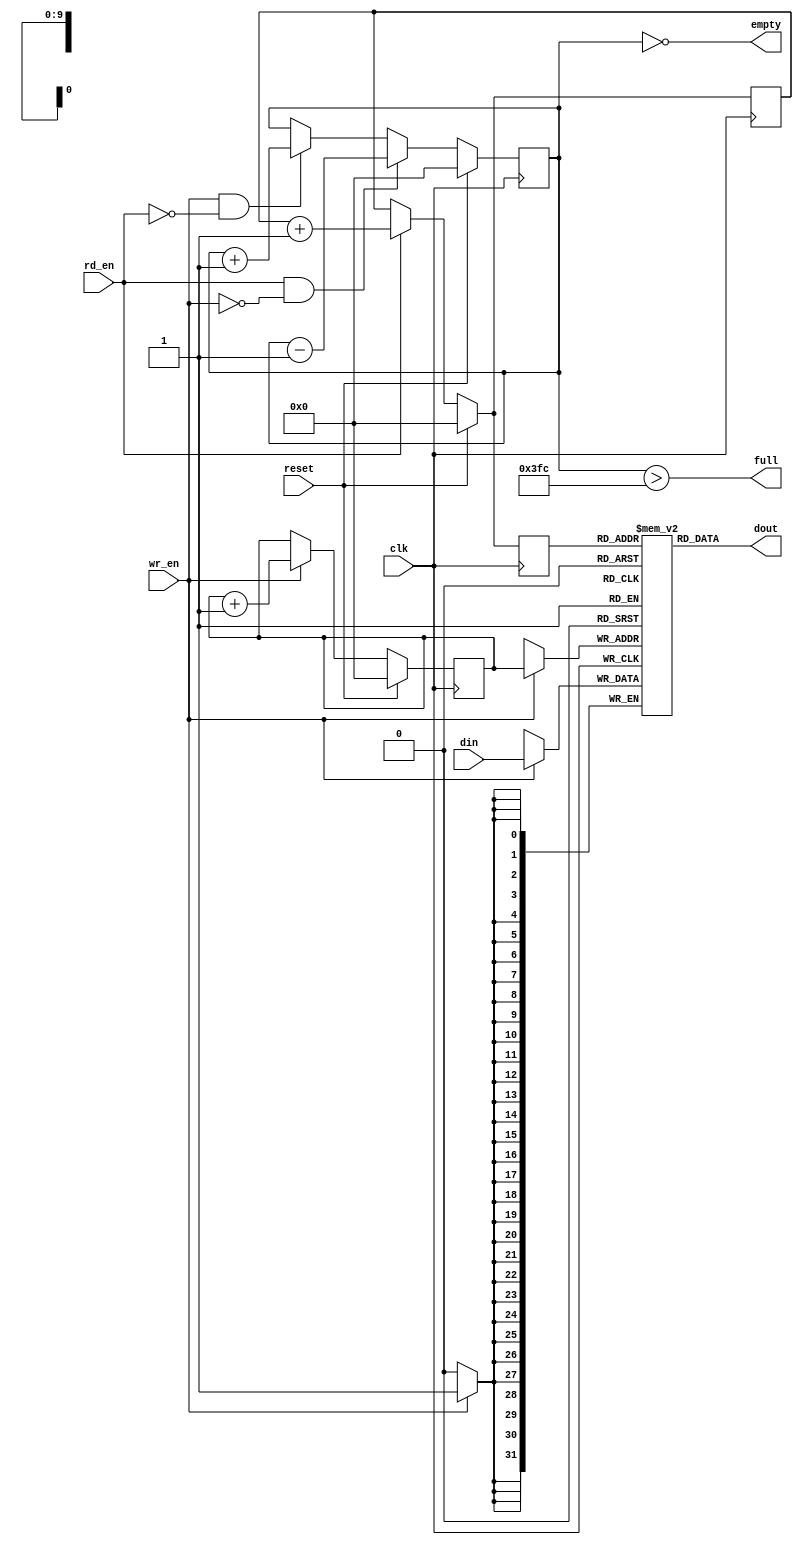
module fifo #(parameter WIDTH = 32, LOGSIZE = 10) (
  input clk,
  input reset,
  input [WIDTH-1:0] din,
  input rd_en,
  input wr_en,
  output [WIDTH-1:0] dout,
  output empty,
  output full
  );

  localparam SIZE = 1 << LOGSIZE;

  reg [LOGSIZE-1:0] ra, wa, count;

  assign full = (count > (SIZE-4));
  assign empty = (count == 0);

  always @(posedge clk) begin
    if (reset) count <= 0;
    else if (rd_en && ~wr_en) count <= count - 1;
    else if (wr_en && ~rd_en) count <= count + 1;
  end

  wire [LOGSIZE-1:0] next_ra = reset ? 0 : rd_en ? ra+1 : ra;
  always @(posedge clk) begin
    ra <= next_ra;
  end

  always @(posedge clk) begin
    if (reset) wa <= 0;
    else if (wr_en) wa <= wa + 1;
  end

  generate
    if (LOGSIZE <= 6) begin
      (* ram_style = "distributed" *)
      reg [WIDTH-1:0] qram[SIZE-1:0];
      reg [LOGSIZE-1:0] qramAddr;
      always @(posedge clk) begin
        qramAddr <= next_ra;
        if (wr_en) qram[wa] <= din;
      end
      assign dout = qram[qramAddr];
    end
    else begin
      (* ram_style = "block" *)
      reg [WIDTH-1:0] qram[SIZE-1:0];
      reg [LOGSIZE-1:0] qramAddr;
      always @(posedge clk) begin
        qramAddr <= next_ra;
        if (wr_en) qram[wa] <= din;
      end
      assign dout = qram[qramAddr];
    end
  endgenerate
endmodule